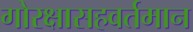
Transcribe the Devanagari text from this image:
गोरक्षासहवर्तमान